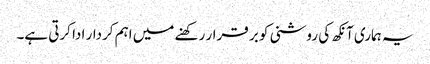
یہ ہماری آنکھ کی روشنی کو بر قرار رکھنے میں اہم کردار ادا کرتی ہے۔